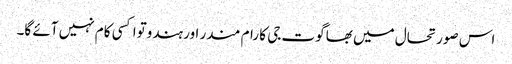
اس صورتحال میں بھاگوت جی کا رام مندر اور ہندوتوا کسی کام نہیں آئے گا۔